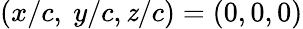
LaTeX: (x/c,\ y/c,\mathit{z}/c)=(0,0,0)